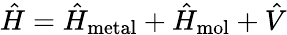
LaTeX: \hat{H}=\hat{H}_{\mathrm{metal}}+\hat{H}_{\mathrm{mol}}+\hat{V}